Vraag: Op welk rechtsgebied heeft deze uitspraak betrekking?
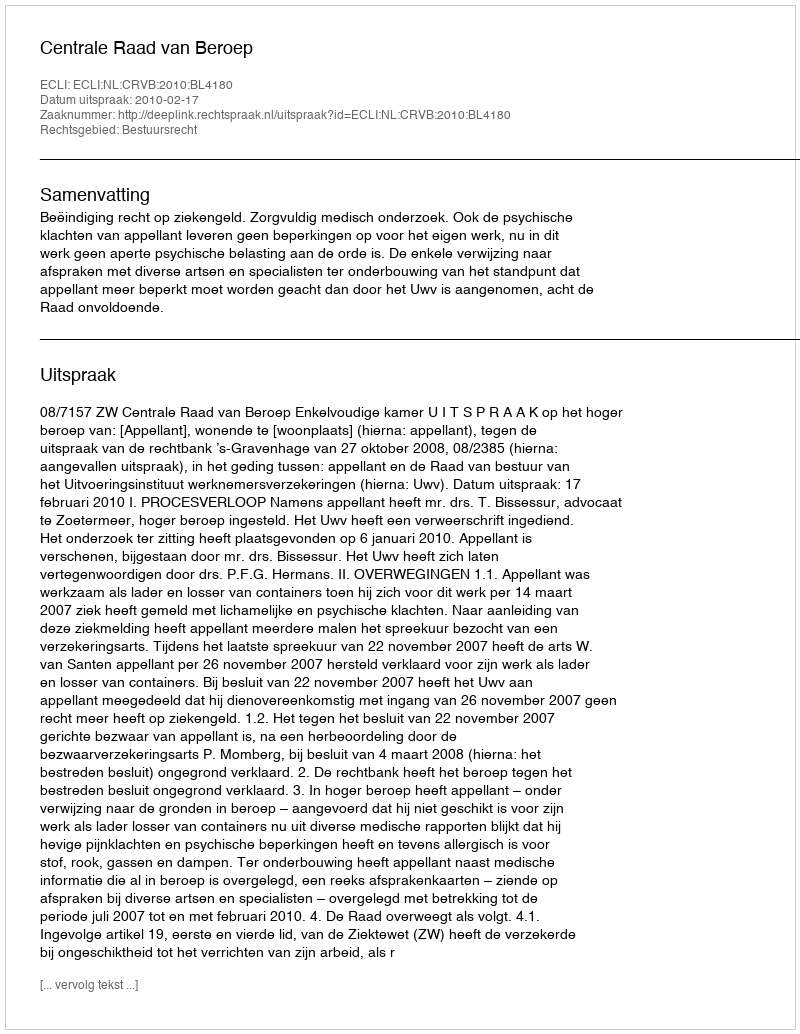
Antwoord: Bestuursrecht